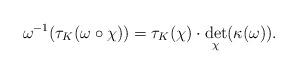
LaTeX: \begin{align*} \omega^{-1}(\tau_K(\omega \circ \chi)) = \tau_K(\chi) \cdot \det_{\chi}(\kappa(\omega)). \end{align*}